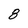
Character: 8